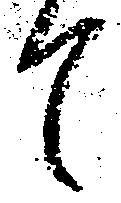
て